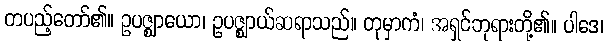
တပည့်တော်၏။ ဥပဇ္ဈာယော၊ ဥပဇ္ဈာယ်ဆရာသည်။ တုမှာကံ၊ အရှင်ဘုရားတို့၏။ ပါဒေ၊